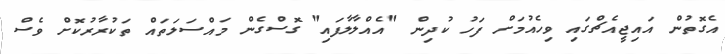
އެގޮތުން އައިޖީއެޗްގައި ވިހެއުމަށް ފަހު ކުދިން "އެއްލާލާފައި" ގޮސްގެން މައްސަލަތައް ތަކުރާރުކޮށް ވެސް